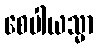
စေပါယသ္မာ